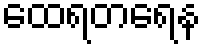
ထေရတရေန